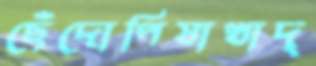
ছেঁদোপিষাখাদ্